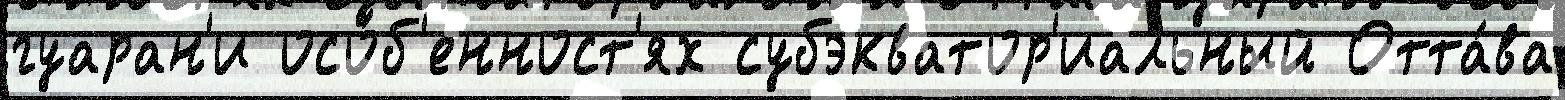
гуаран'и осо́б'енност'ях субэкватор'иальный Отта́ва